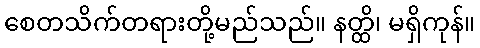
စေတသိက်တရားတို့မည်သည်။ နတ္ထိ၊ မရှိကုန်။